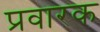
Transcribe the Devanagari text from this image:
प्रवारक